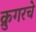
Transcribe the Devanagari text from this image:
क्रुगरचे